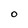
Character: O